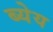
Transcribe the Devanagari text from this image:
ब्येय